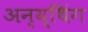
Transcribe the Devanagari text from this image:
अन्य्थिंग